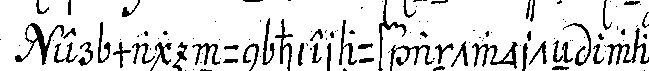
er mag nun hierauf antworteN was